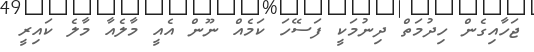
ޖަހާއިގެން ހިދުމަތް ދިނުމަކީ ފަސޭހަ ކަމެއް ނޫން އެއީ މާލެއާ މާލެ ކައިރީ